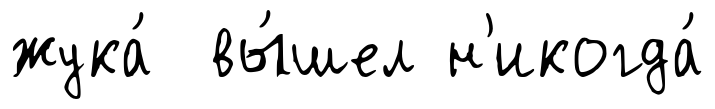
жука́ вы́шел н'икогда́